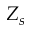
Z _ { s }